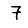
Digit: 7